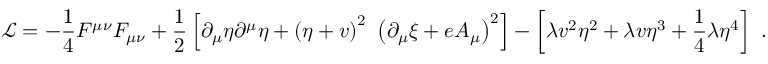
\ { \mathcal { L } } = - { \frac { 1 } { 4 } } F ^ { \mu \nu } F _ { \mu \nu } + { \frac { 1 } { 2 } } \left[ \partial _ { \mu } \eta \partial ^ { \mu } \eta + \left( \eta + v \right) ^ { 2 } \ \left( \partial _ { \mu } \xi + e A _ { \mu } \right) ^ { 2 } \right] - \left[ \lambda v ^ { 2 } \eta ^ { 2 } + \lambda v \eta ^ { 3 } + { \frac { 1 } { 4 } } \lambda \eta ^ { 4 } \right] ~ .